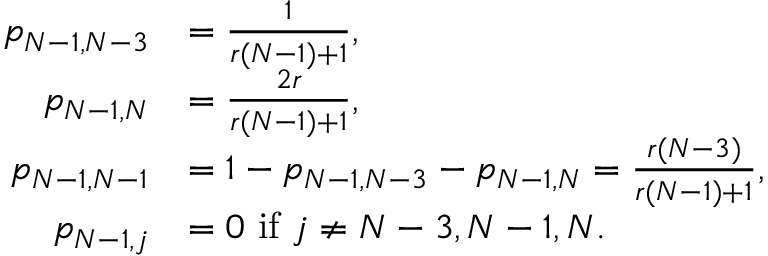
\begin{array} { r l } { p _ { N - 1 , N - 3 } } & { = \frac { 1 } { r ( N - 1 ) + 1 } , } \\ { p _ { N - 1 , N } } & { = \frac { 2 r } { r ( N - 1 ) + 1 } , } \\ { p _ { N - 1 , N - 1 } } & { = 1 - p _ { N - 1 , N - 3 } - p _ { N - 1 , N } = \frac { r ( N - 3 ) } { r ( N - 1 ) + 1 } , } \\ { p _ { N - 1 , j } } & { = 0 \mathrm { ~ i f ~ } j \neq N - 3 , N - 1 , N . } \end{array}